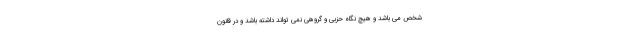
شخص می باشد و هیچ نگاه حزبی و گروهی نمی تواند داشته باشد و در قانون